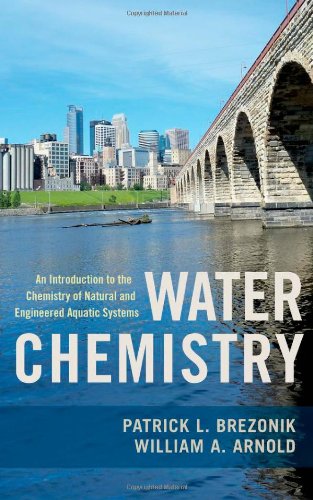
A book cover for Water Chemistry: An Introduction to the Chemistry of Natural and Engineered Aquatic Systems; Patrick Brezonik; Science & Math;